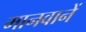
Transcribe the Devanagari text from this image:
मानवानें